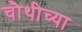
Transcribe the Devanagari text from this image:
चौथीच्या